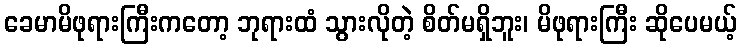
ခေမာမိဖုရားကြီးကတော့ ဘုရားထံ သွားလိုတဲ့ စိတ်မရှိဘူး၊ မိဖုရားကြီး ဆိုပေမယ့်